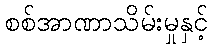
စစ်အာဏာသိမ်းမှုနှင့်